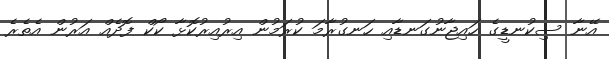
އޭނާ ސިކުނޑީގެ ހައިޖާނުގަނޑާއި ހަނގުރާމަ ކުރަމުން އިރުއިރުކޮޅާ ކޯކް ފޮދެއް އަރުން އެތެރެ